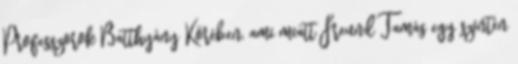
Professzorok Batthyány Körében, ami miatt Freund Tamás egy szintén